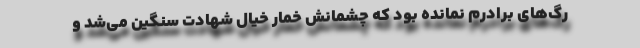
رگ‌های برادرم نمانده بود که چشمانش خمار خیال شهادت سنگین می‌شد و